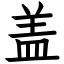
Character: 盖